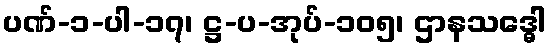
ပဏ်-၁-ပါ-၁၇၊ ဋ္ဌ-ပ-အုပ်-၁၀၅၊ ဌာနသဒ္ဓေါ